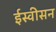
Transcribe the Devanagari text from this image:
ईस्वीसन